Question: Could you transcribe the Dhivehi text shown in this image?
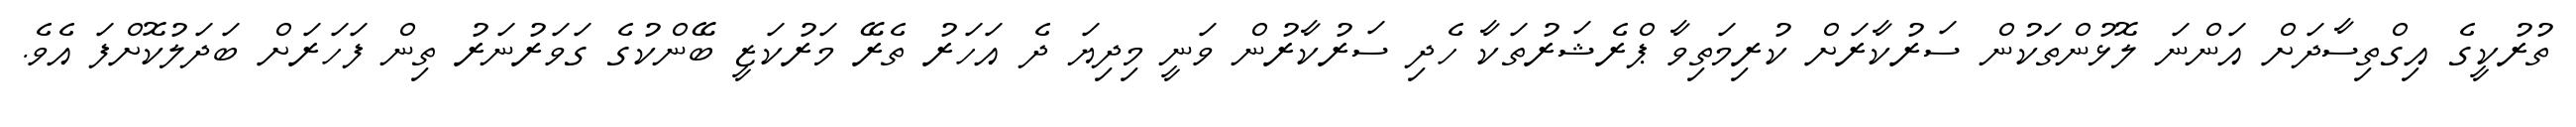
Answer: ތުރުކީގެ އިގްތިސާދަށް އަންނަ ލޮޅުންތަކުން ސަރުކާރަށް ކުރިމަތިވާ ޕްރެޝަރުތަކާ ހެދި ސަރުކާރުން ވަނީ މިދިޔަ ދެ އަހަރު ތެރޭ މަރުކަޒީ ބޭންކުގެ ގަވަރުނަރު ތިން ފަހަރަށް ބަދަލުކޮށްފަ އެވެ.